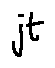
j t